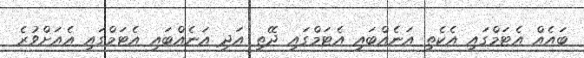
ބައެއް އެޓަމްގައި އެކެތި އަނެއްބައި އެޓަމްގައި ދޭތި އަދި އަނެއްބައި އެޓަމްގައި އެއަށްވުރެ